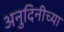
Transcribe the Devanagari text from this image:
अनुदिनीच्या